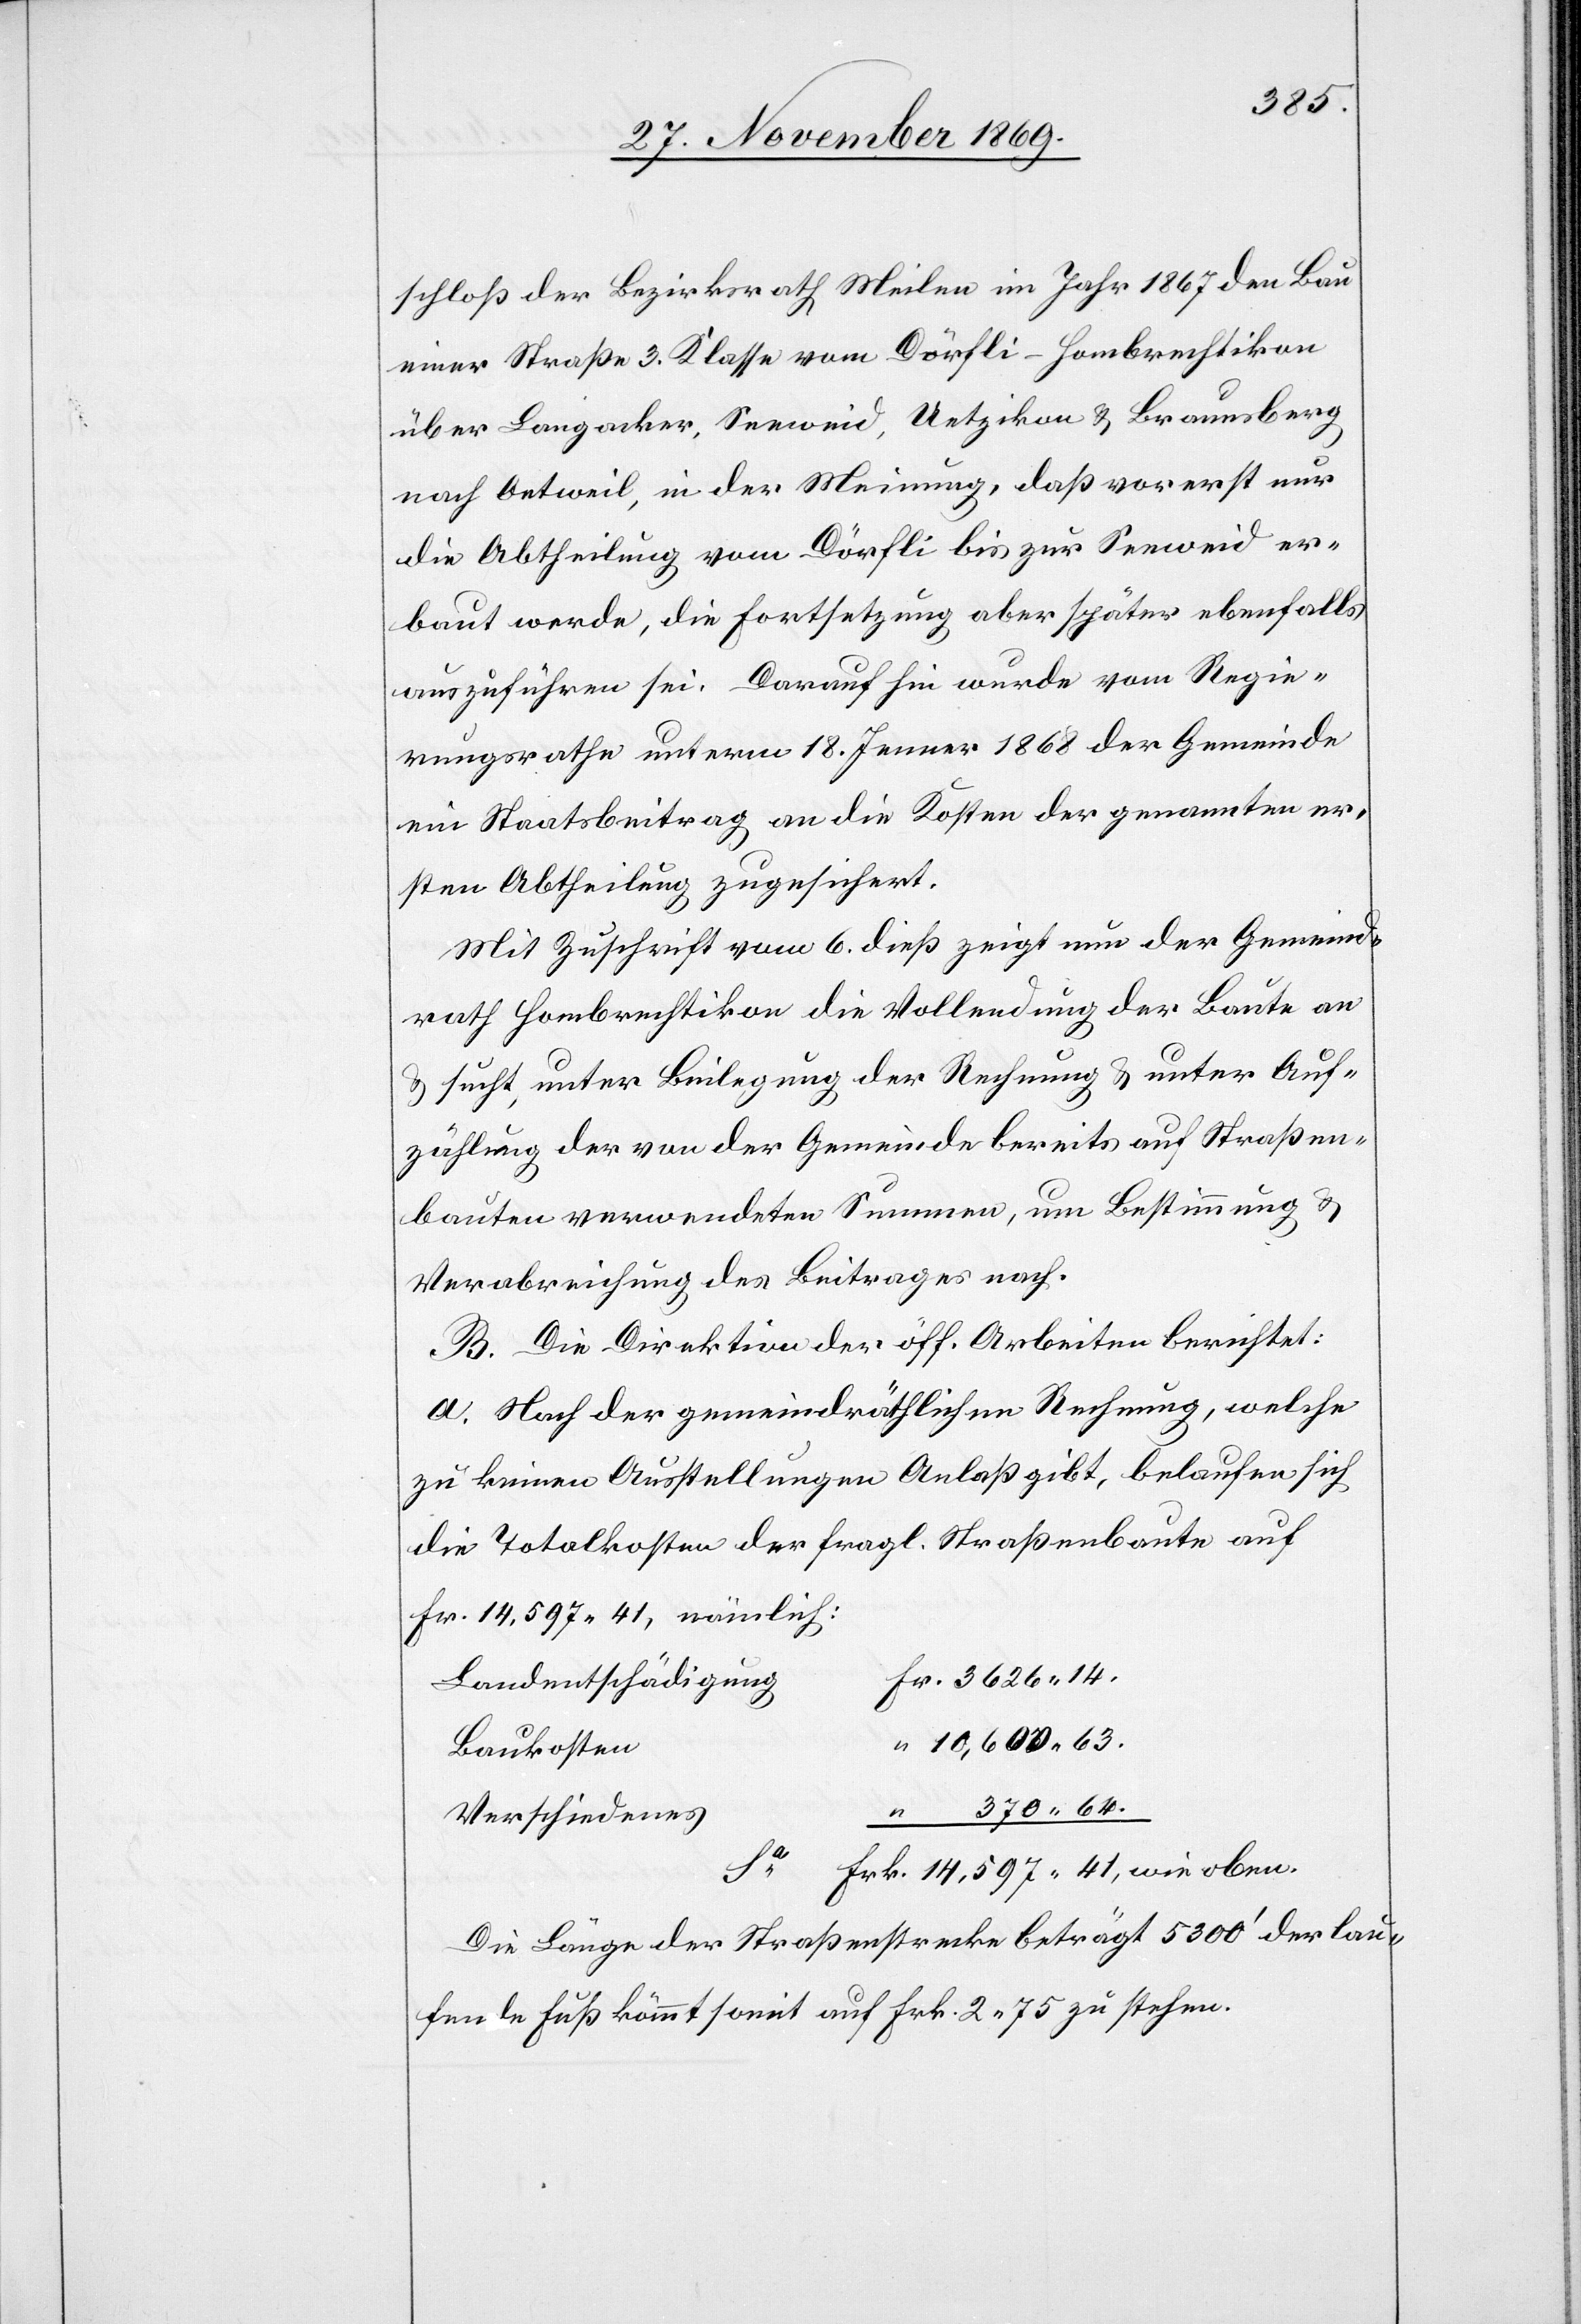
schloß der Bezirksrath Meilen im Jahr 1867 den Bau
einer Straße 3. Klasse vom Dörfli - Hombrechtikon
über Langacker, Seeweid, Uetzikon & Braunsberg
nach Oetweil, in der Meinung, daß vorerst nur
die Abtheilung vom Dörfli bis zur Seeweid er¬
baut werde, die Fortsetzung aber später ebenfalls
auszuführen sei. Darauf hin wurde vom Regie¬
rungsrathe unterm 18. Jenner 1868 der Gemeinde
ein Staatsbeitrag an die Kosten der genannten er¬
sten Abtheilung zugesichert.
Mit Zuschrift vom 6. dieß zeigt nun der Gemeind¬
rath Hombrechtikon die Vollendung der Baute an
& sucht, unter Beilegung der Rechnung & unter Auf¬
zählung der von der Gemeinde bereits auf Straßen¬
bauten verwendeten Summen, um Bestimmung &
Verabreichung des Beitrages nach.
B. Die Direktion der öff. Arbeiten berichtet:
a. Nach der gemeindräthlichen Rechnung, welche
zu keinen Ausstellungen Anlaß gibt, belaufen sich
die Totalkosten der fragl. Straßenbaute auf
Fr. 14,597.41, nämlich:
Fr. 3626.14.
Landentschädigung
“ 10,600.63.
Baukosten
370.64.
Sa
wie oben.
Verschiedenes
Die Länge der Straßenstrecke beträgt 5300‘ der lau¬
fende Fuß kömmt somit auf Frk. 2.75 zu stehen.